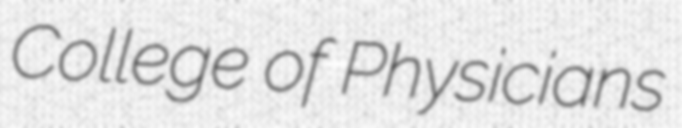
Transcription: College of Physicians